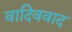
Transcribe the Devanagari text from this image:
वादिववाद